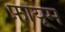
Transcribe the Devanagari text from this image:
फ़ायूम